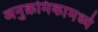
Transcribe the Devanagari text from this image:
अनुक्रमिकामध्ये